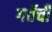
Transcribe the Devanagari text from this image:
गर्तेची